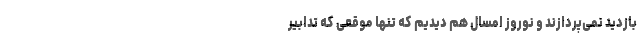
بازدید نمی‌پردازند و نوروز امسال هم دیدیم که تنها موقعی که تدابیر